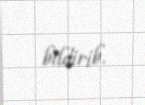
bildirib.